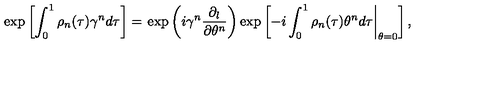
\exp \left[ \int _ { 0 } ^ { 1 } \rho _ { n } ( \tau ) \gamma ^ { n } d \tau \right] = \left. \exp \left( i \gamma ^ { n } \frac { \partial _ { l } } { \partial \theta ^ { n } } \right) \exp \left[ - i \int _ { 0 } ^ { 1 } \rho _ { n } ( \tau ) \theta ^ { n } d \tau \right| _ { \theta = 0 } \right] ,